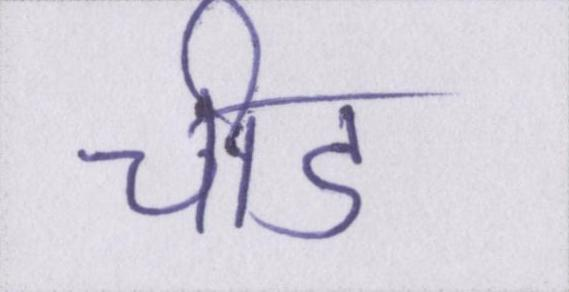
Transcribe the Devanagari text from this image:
चीड